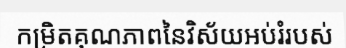
កម្រិតគុណភាពនៃវិស័យអប់រំរបស់